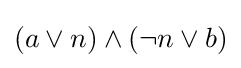
(a\vee n)\wedge (\neg n\vee b)